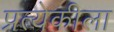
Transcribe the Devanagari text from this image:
प्रत्येकीला